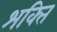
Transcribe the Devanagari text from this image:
श्‍ाक्‍ित